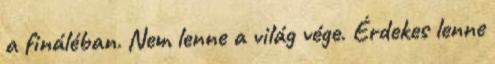
a fináléban. Nem lenne a világ vége. Érdekes lenne